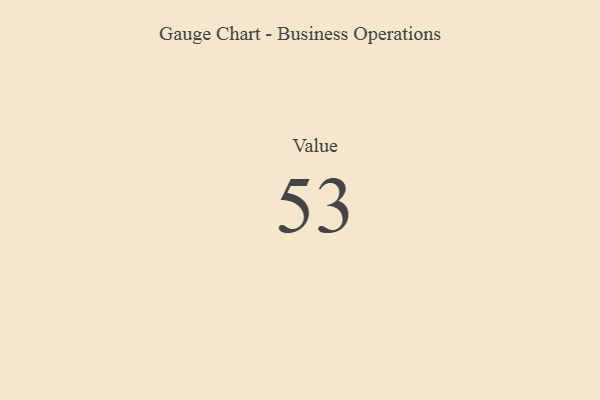
{"axis": {"x": "Metric", "y": "Value"}, "legend": [""], "data": [{"x": "Value", "y": 53, "type": ""}]}